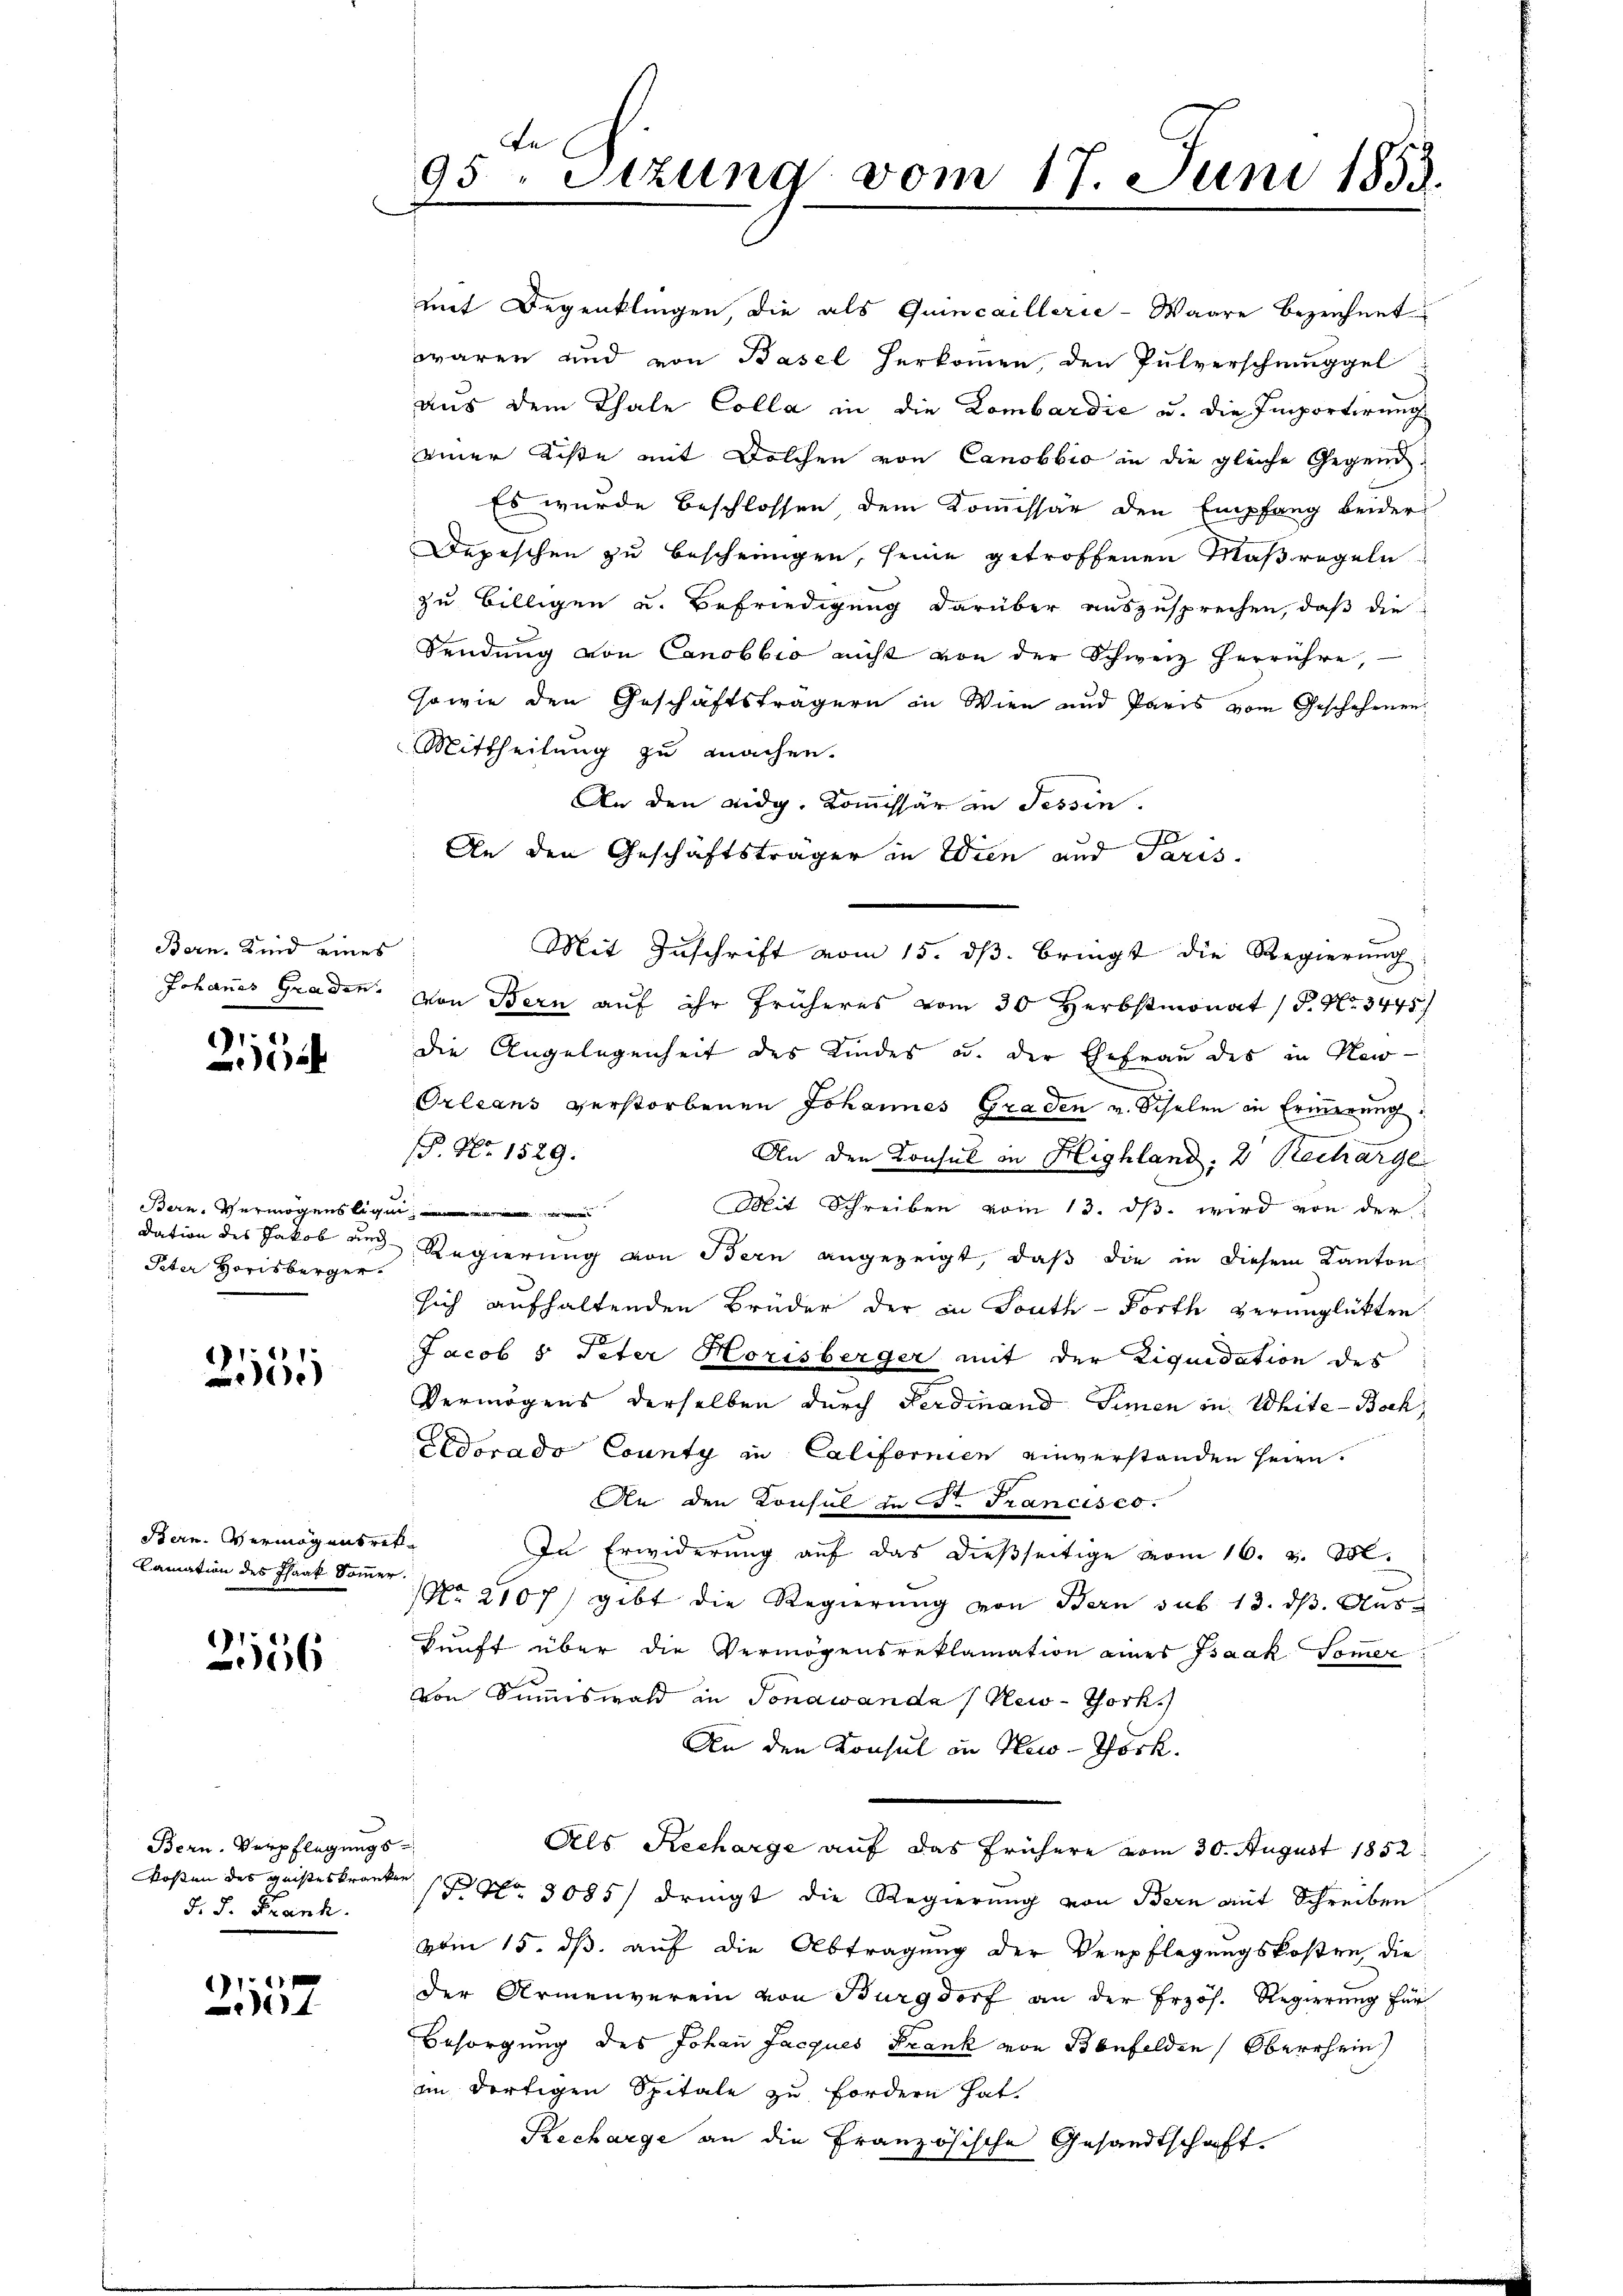
Bern. Kind eines

e
a

Bern, Vermögensligen
Peter Horisberger.

1
250

Bern. Vermögensret¬
Camnation des Phaak Sommer.

)
56

Bern. Verpflegungs-
Kosten des geisteskranken
d. J. Frank.

21157

Fe
95. Sitzung vom 17. Juni 1852.

mit Begenklingen, die als Quincaillerie-Waare bezeichnet
waren und von Basel herkommen, den Pulverschmuggel
aus dem Thale Colla in die Lombardić u. die Emportirung
einer Liste mit Solchen von Canobbio in die gleiche Gegend¬
Es wurde beschlossen, dem Kommissär den Empfang beider
Depeschen zu beschringen, seine getroffenen Maßregeln
zu Billigen und Befriedigung darüber auszusprechen, daß die
Sendung von Canobbio nicht von der Schweiz herrühre,
sowie den Geschäftsträgern in Wien und Paris vom Geschehenen
Mittheilung zu machen.
An den Eidg. Kommissär in Tessin.
An den Geschäftsträger in Wien und Paris.
Johannes Graden. Von Bern auf ihr früheres vom 30 Herbstmonat P. Nr. 3445 f
die Angelegenheit des Kindes u. der Ehefrau des in New-
Orleans verstorbenen Johannes Graden v. Schulen in Erinnerung
P. Nr. 1529.
An den Konsul in Highland, 2 Recharge
Mit Schreiben vom 13. ds. wird von der
dation des Jakob und Regierung von Bern angezeigt, daß die in diesem Kanton
sich aufhaltenden Brüder der in South-Porth verunglükten:
Jacob 8 Peter Horisberger mit der Liquidation des
Vermögens derselben durch Ferdinand Sinen in White-Boch
Edorado County in Californien einverstanden seien.
An den Konsul in Dr. Francisco
In Erwiderung auf das dießseitige vom 16. v. 302.
NNo. 2107) gibt die Regierŭng von Bern sub 13. dβ. Aus-
kunft über die Vermögensreklamation eines Isaak Sommer
von Summiswald in Jonawanda / New-York.)
An den Konsul in Hei-Thörk.
Als Recharge auf das frühere vom 30. August 1852.
 Nr. 3085/ dringt die Regierung von Bern mit Schreiben
vom 15. ds. auf die Abtragung der Verpflegungskosten, die
der Armenverein von Burgdorf an der Erzös. Regierung für
Besorgung des Johan Jacques Frank von Benfelden Oberrhein
im dortigen Spitale zu fordern hat,
Kecharge an die Französische Gesandtschaft.

Mit Zuschrift vom 15. dβ. bringt die Regierŭng